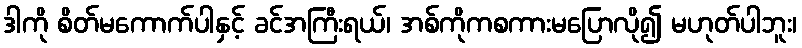
ဒါကို စိတ်မကောက်ပါနှင့် ခင်အကြီးရယ်၊ အစ်ကိုကစကားမပြောလို၍ မဟုတ်ပါဘူး၊